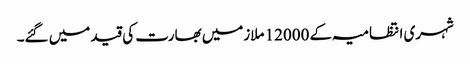
شہری انتظامیہ کے 12000 ملازمیں بھارت کی قید میں گئے۔